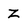
Character: Z